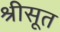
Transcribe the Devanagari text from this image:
श्रीसूत